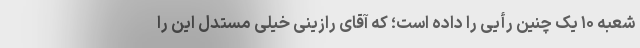
شعبه ۱۰ یک چنین رأیی را داده است؛ که آقای رازینی خیلی مستدل این را